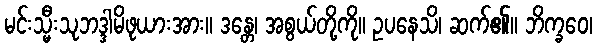
မင်းသ္မီးသုဘဒ္ဒါမိဖုယားအား။ ဒန္တေ၊ အစွယ်တို့ကို။ ဥပနေသိ၊ ဆက်၏။ ဘိက္ခဝေ၊